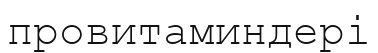
провитаминдері